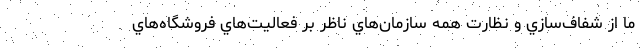
ما از شفاف‌سازي و نظارت همه سازمان‌هاي ناظر بر فعاليت‌هاي فروشگاه‌هاي